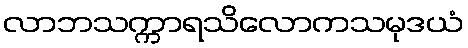
လာဘသက္ကာရသိလောကသမုဒယံ